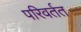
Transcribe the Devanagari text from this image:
परिवर्तत